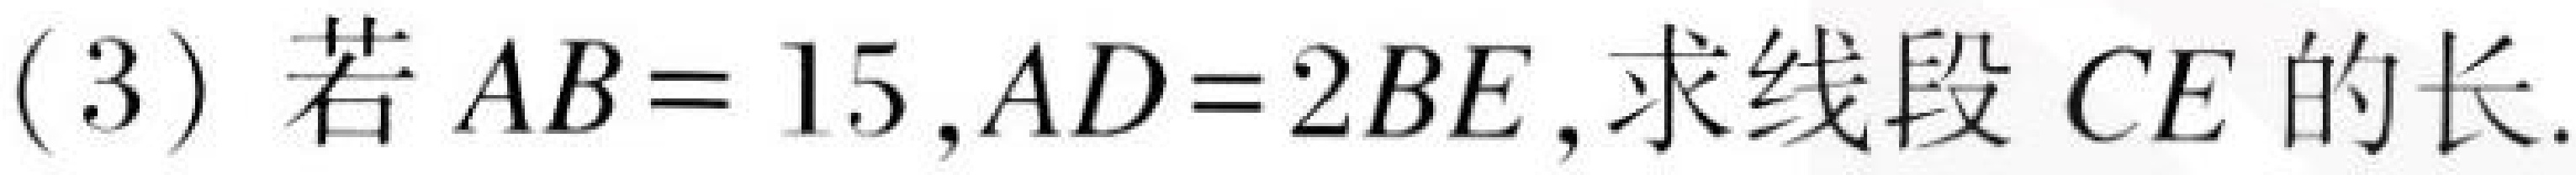
(3) 若 \(AB = 15,AD = 2BE\),求线段 \(CE\) 的长.